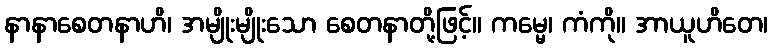
နာနာစေတနာဟိ၊ အမျိုးမျိုးသော စေတနာတို့ဖြင့်။ ကမ္မေ၊ ကံကို။ အာယူဟိတေ၊